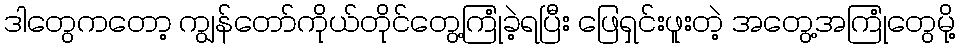
ဒါတွေကတော့ ကျွန်တော်ကိုယ်တိုင်တွေ့ကြုံခဲ့ရပြီး ဖြေရှင်းဖူးတဲ့ အတွေ့အကြုံတွေမို့